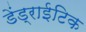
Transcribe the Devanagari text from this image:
डेंड्राईटिक